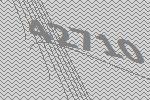
42710